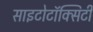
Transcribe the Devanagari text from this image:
साइटोटॉक्सिटी